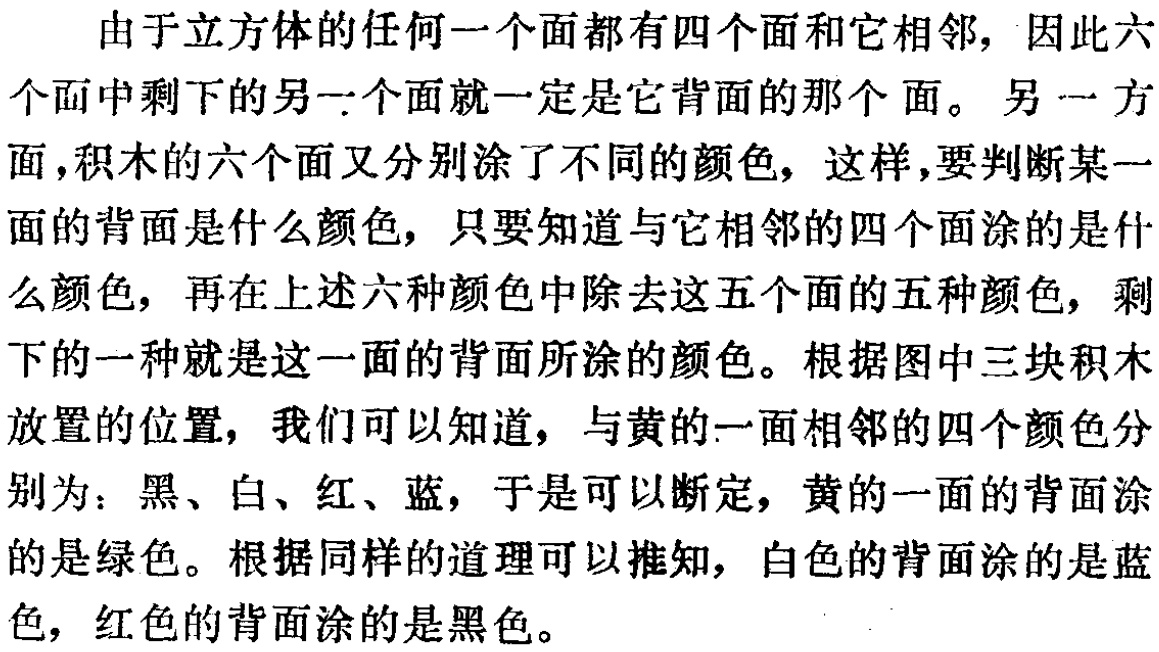
由于立方体的任何一个面都有四个面和它相邻，因此六个面中剩下的另一个面就一定是它背面的那个面。 另一方面，积木的六个面又分别涂了不同的颜色，这样，要判断某一面的背面是什么颜色，只要知道与它相邻的四个面涂的是什么颜色，再在上述六种颜色中除去这五个面的五种颜色，剩下的一种就是这一面的背面所涂的颜色。根据图中三块积木放置的位置，我们可以知道，与黄的一面相邻的四个颜色分别为：黑、白、红、蓝，于是可以断定，黄的一面的背面涂的是绿色。根据同样的道理可以推知，白色的背面涂的是蓝色，红色的背面涂的是黑色。